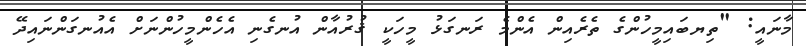
މާނައީ: "ތިޔބައިމީހުންގެ ތެރެއިން އެންމެ ރަނގަޅު މީހަކީ ޤުރުއާން އުނގެނި އެހެންމީހުންނަށް އެއުނގަންނައިދޭ